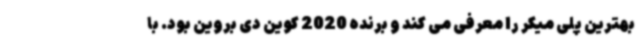
بهترین پلی میکر را معرفی می کند و برنده 2020 کوین دی بروین بود. با